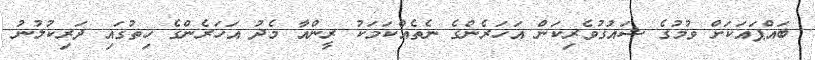
ބައްޕައަކަށް ވުމުގެ ޝައުގުވެރިކަން އަހަރެންގެ ނެތެއްކަމަކު ރީންއާ މެދު އަހަރެންގެ ހިތުގައި ދަރިކުލުނު